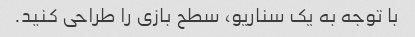
با توجه به یک سناریو، سطح بازی را طراحی کنید.